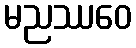
မညဿဝေ